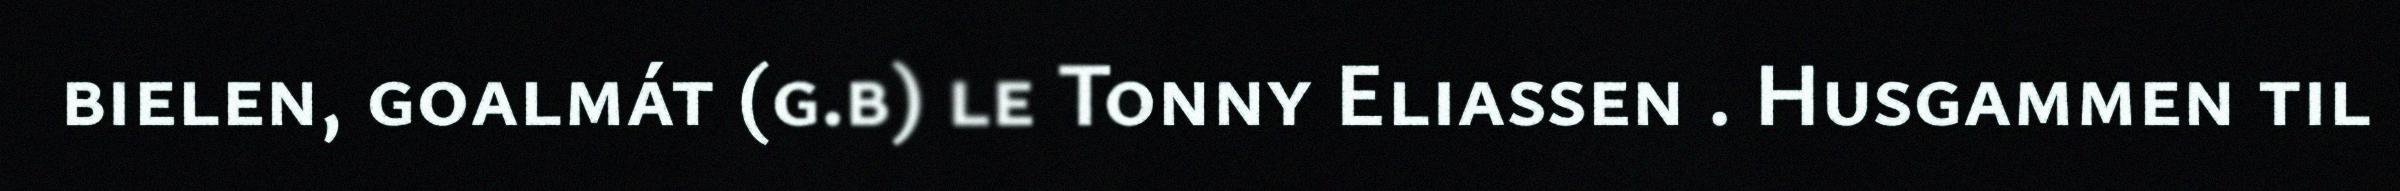
bielen, goalmát (g.b) le Tonny Eliassen . Husgammen til